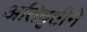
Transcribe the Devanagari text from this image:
अतिवृष्टीने